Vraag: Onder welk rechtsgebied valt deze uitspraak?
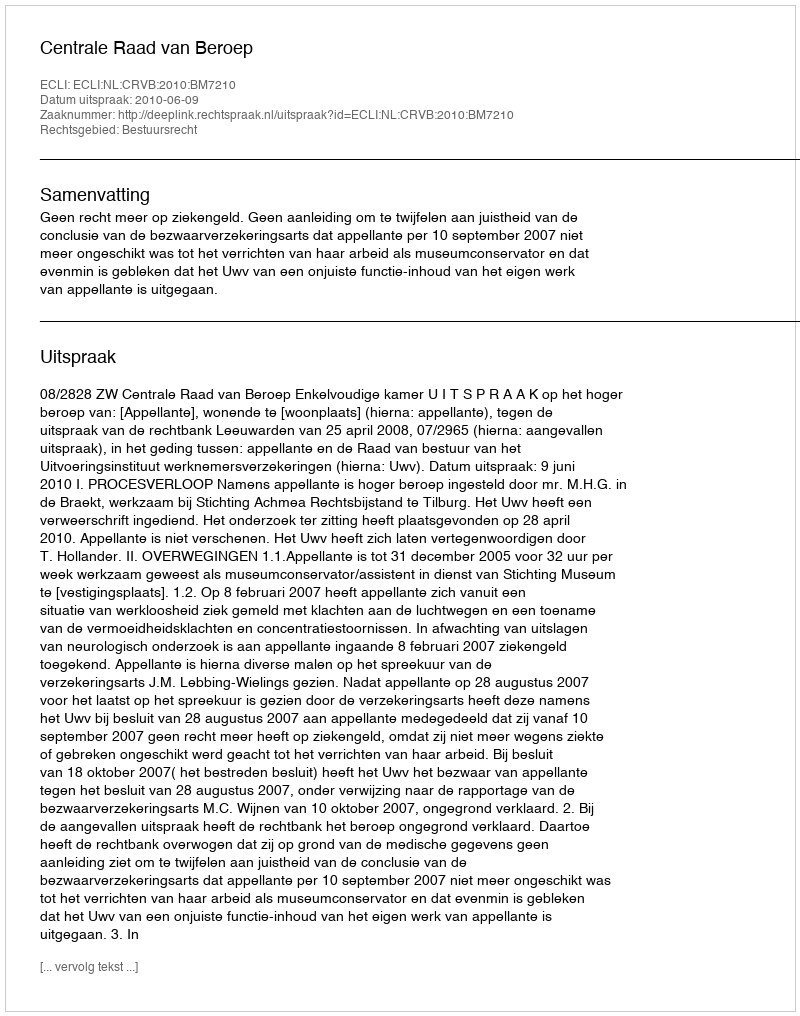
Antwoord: Bestuursrecht